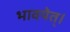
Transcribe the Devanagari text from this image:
भावयेत्‌।